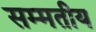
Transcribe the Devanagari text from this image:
सम्मतीय